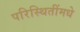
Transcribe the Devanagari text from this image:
परिस्थितींमधे